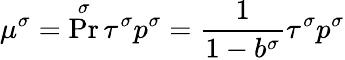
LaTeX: \mu^{\sigma}=\operatorname*{Pr}^{\sigma}\tau^{\sigma}p^{\sigma}=\frac{1}{1-b^{\sigma}}\tau^{\sigma}p^{\sigma}